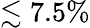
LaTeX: \lesssim 7.5\%